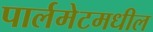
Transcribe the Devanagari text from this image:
पार्लमेटमधील